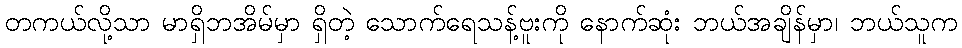
တကယ်လို့သာ မာရှိဘအိမ်မှာ ရှိတဲ့ သောက်ရေသန့်ဗူးကို နောက်ဆုံး ဘယ်အချိန်မှာ၊ ဘယ်သူက